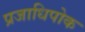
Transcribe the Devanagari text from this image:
प्रजाधिपोक